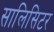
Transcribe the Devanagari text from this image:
सालिसिटर